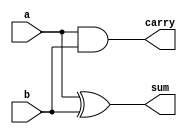
// Code your design here
// Half Adder in Verilog HDL
module half_adder
  (
   a,
   b,
   sum,
   carry
   );

  input  a;
  input  b;
  output sum;
  output carry;

  assign sum   = a ^ b;  // bitwise xor
  assign carry = a & b;  // bitwise and

endmodule // half_adder